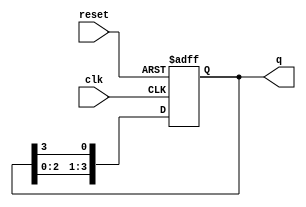
module bistable_ring_counter (
    input wire clk,          // Clock signal
    input wire reset,        // Asynchronous reset signal
    output reg [N-1:0] q     // Output state of the counter
);
    parameter N = 4;         // Number of flip-flops (adjust as needed)

    // Asynchronous reset and state transition on clock edge
    always @(posedge clk or posedge reset) begin
        if (reset) begin
            // Initialize the counter to 1000...0
            q <= 1'b1 << (N-1); // Set the highest bit to 1, others to 0
        end else begin
            // Shift the '1' bit around the ring
            q <= {q[N-2:0], q[N-1]}; // Shift left and wrap around
        end
    end
endmodule